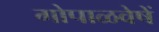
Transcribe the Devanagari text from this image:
गोपाळवेषें